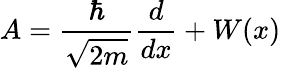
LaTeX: A={\frac{\hbar}{\sqrt{2m}}}{\frac{d}{dx}}+W(x)